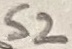
Text: S2